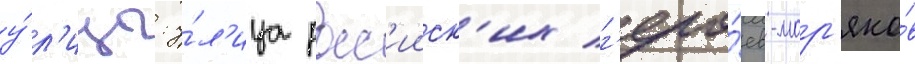
у́л'ицы: у́л'ица росс'ииск'их г'еро́ев-мор'яко́в